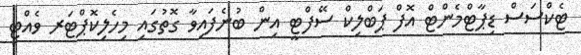
ޓެކްސަސް ޑިޕާޓްމެންޓް އޮފް ޕަބްލިކް ސޭފްޓީ އިން ބުނެފައިވާ ގޮތުގައި މިހެލިކޮޕްޓަރ ވެއްޓި